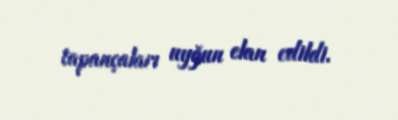
tapançaları uyğun elan edildi.